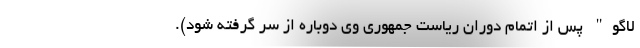
لاگو" پس از اتمام دوران ریاست جمهوری وی دوباره از سر گرفته شود).